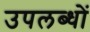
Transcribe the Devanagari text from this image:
उपलब्धों